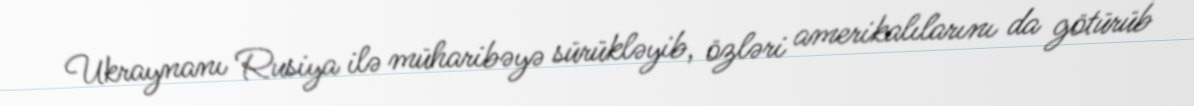
Ukraynanı Rusiya ilə müharibəyə sürükləyib, özləri amerikalılarını da götürüb